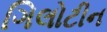
ગિલોટીન